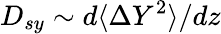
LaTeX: D_{sy}\sim d\langle\Delta Y^{2}\rangle/dz